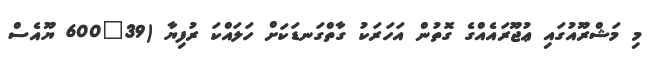
މި މަޝްރޫއުގައި ޢުޖޫރައެއްގެ ގޮތުން އަހަރަކު ގާތްގަނޑަކަށް ހަލައްކަ ރުފިޔާ (39?600 ޔޫއެސް